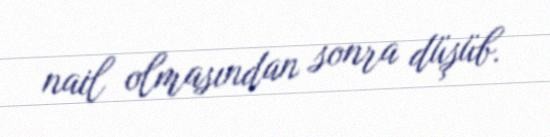
nail olmasından sonra düşüb.